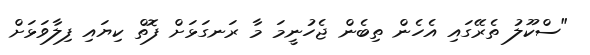
"ސްކޫލު ތެރޭގައި އެހެން ތިބެން ޖެހުނީމަ މާ ރަނގަޅަށް ފޮތް ކިޔައި ފިލާވަޅަށް